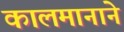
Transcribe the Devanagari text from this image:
कालमानाने